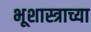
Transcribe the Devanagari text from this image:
भूशास्त्राच्या